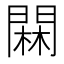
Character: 䦥